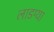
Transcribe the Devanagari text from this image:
लाडग्या